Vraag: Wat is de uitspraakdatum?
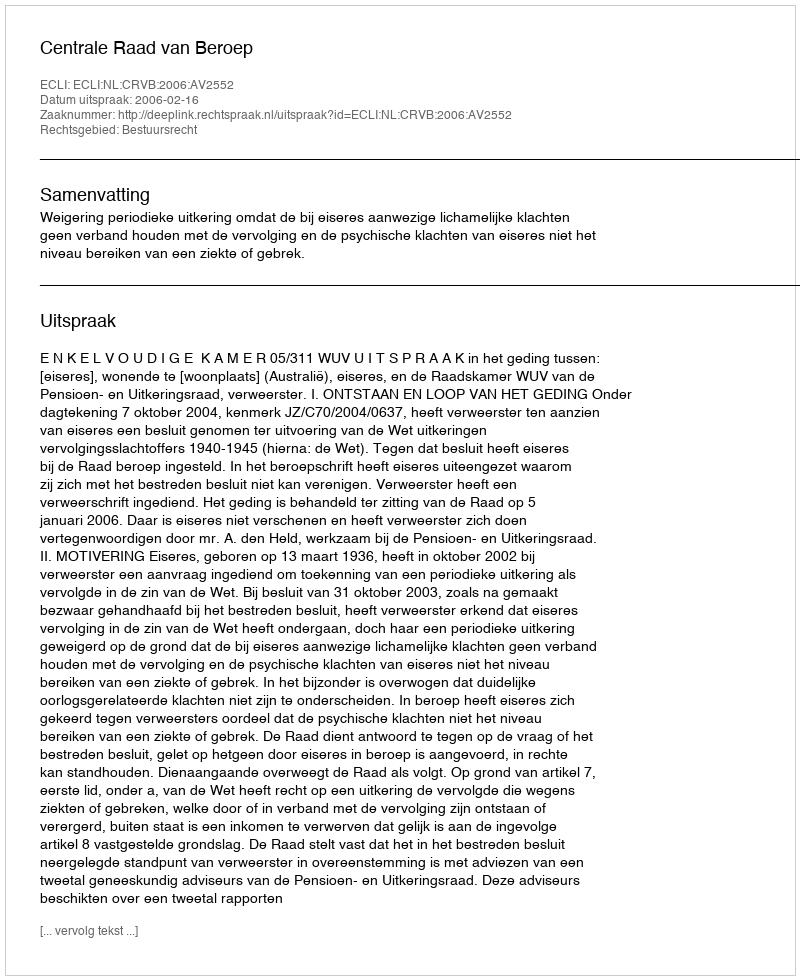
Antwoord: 2006-02-16